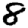
Digit: 8